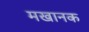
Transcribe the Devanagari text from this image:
मखानक